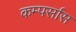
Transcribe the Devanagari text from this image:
कम्पर्सास